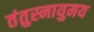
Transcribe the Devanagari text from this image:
तंतुस्नायुमय